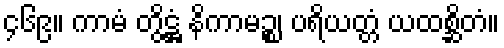
၄၆၉။ ကာမံ တွိဋ္ဌံ နိကာမဉ္စ၊ ပရိယတ္တံ ယထစ္ဆိတံ။